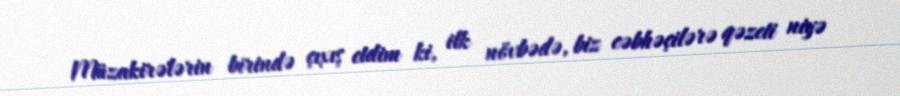
Müzakirələrin birində çıxış etdim ki, ilk növbədə, biz cəbhəçilərə qəzeti niyə